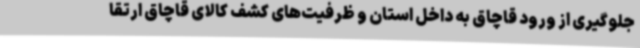
جلوگیری از ورود قاچاق به داخل استان و ظرفیت‌های کشف کالای قاچاق ارتقا